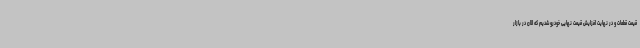
قیمت قطعات و در نهایت افزایش قیمت نهایی خودرو شدیم که الان در بازار